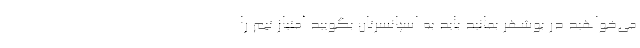
می‌خواهید در بوشهر بمانید باید به اسپانسرتان بگویید امتیاز تیم را